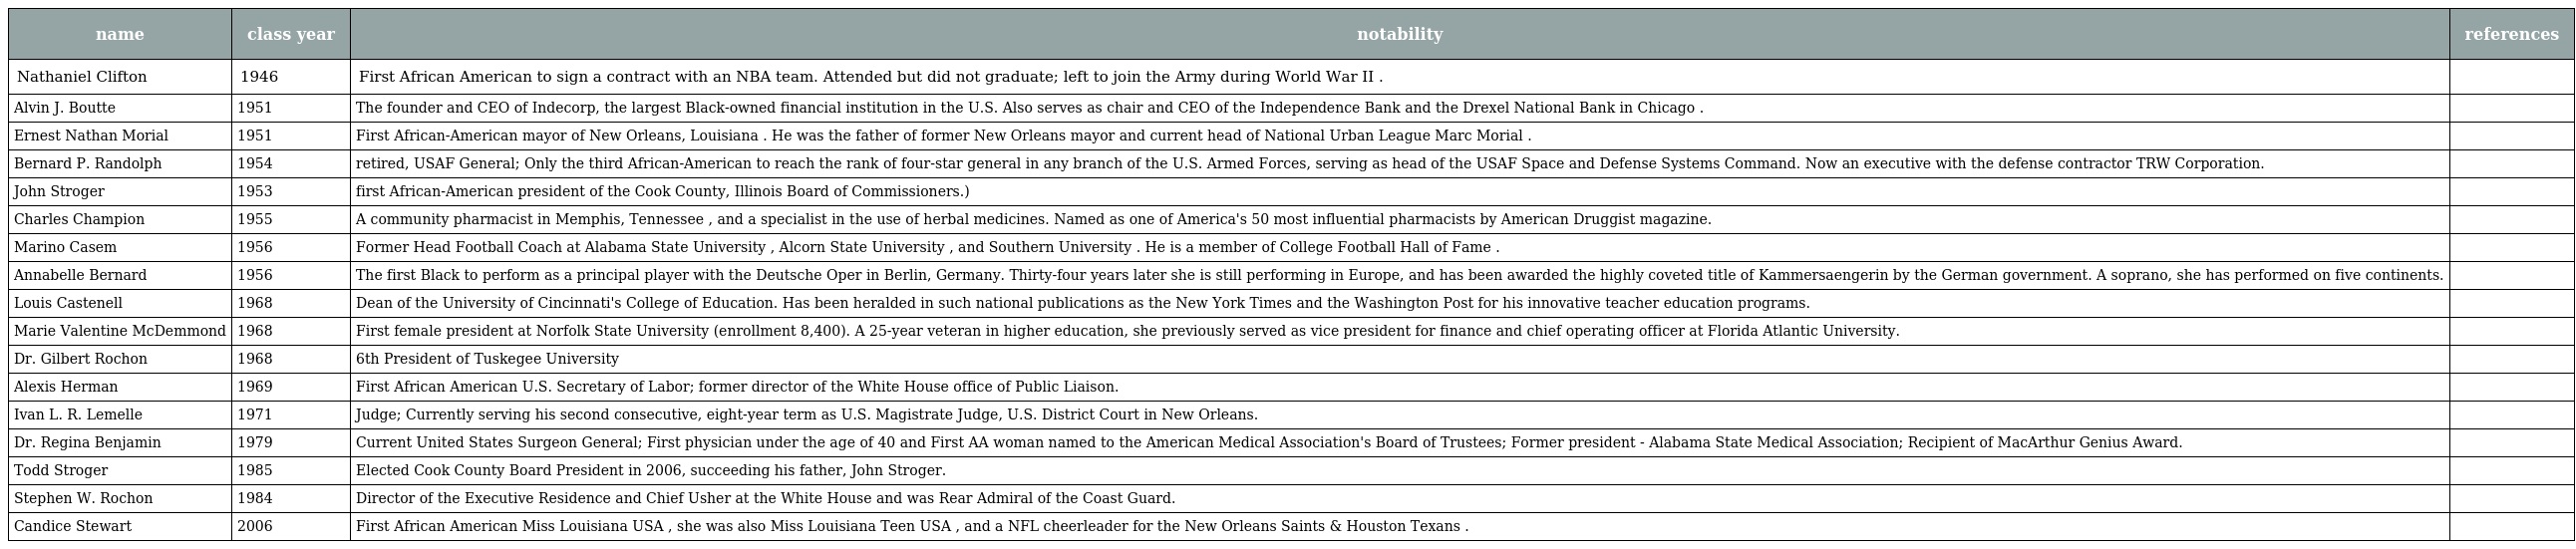
| name | class year | notability | references |
 | --- | --- | --- | --- |
 | Nathaniel Clifton | 1946 | First African American to sign a contract with an NBA team. Attended but did not graduate; left to join the Army during World War II . |  |
 | Alvin J. Boutte | 1951 | The founder and CEO of Indecorp, the largest Black-owned financial institution in the U.S. Also serves as chair and CEO of the Independence Bank and the Drexel National Bank in Chicago . |  |
 | Ernest Nathan Morial | 1951 | First African-American mayor of New Orleans, Louisiana . He was the father of former New Orleans mayor and current head of National Urban League Marc Morial . |  |
 | Bernard P. Randolph | 1954 | retired, USAF General; Only the third African-American to reach the rank of four-star general in any branch of the U.S. Armed Forces, serving as head of the USAF Space and Defense Systems Command. Now an executive with the defense contractor TRW Corporation. |  |
 | John Stroger | 1953 | first African-American president of the Cook County, Illinois Board of Commissioners.) |  |
 | Charles Champion | 1955 | A community pharmacist in Memphis, Tennessee , and a specialist in the use of herbal medicines. Named as one of America's 50 most influential pharmacists by American Druggist magazine. |  |
 | Marino Casem | 1956 | Former Head Football Coach at Alabama State University , Alcorn State University , and Southern University . He is a member of College Football Hall of Fame . |  |
 | Annabelle Bernard | 1956 | The first Black to perform as a principal player with the Deutsche Oper in Berlin, Germany. Thirty-four years later she is still performing in Europe, and has been awarded the highly coveted title of Kammersaengerin by the German government. A soprano, she has performed on five continents. |  |
 | Louis Castenell | 1968 | Dean of the University of Cincinnati's College of Education. Has been heralded in such national publications as the New York Times and the Washington Post for his innovative teacher education programs. |  |
 | Marie Valentine McDemmond | 1968 | First female president at Norfolk State University (enrollment 8,400). A 25-year veteran in higher education, she previously served as vice president for finance and chief operating officer at Florida Atlantic University. |  |
 | Dr. Gilbert Rochon | 1968 | 6th President of Tuskegee University |  |
 | Alexis Herman | 1969 | First African American U.S. Secretary of Labor; former director of the White House office of Public Liaison. |  |
 | Ivan L. R. Lemelle | 1971 | Judge; Currently serving his second consecutive, eight-year term as U.S. Magistrate Judge, U.S. District Court in New Orleans. |  |
 | Dr. Regina Benjamin | 1979 | Current United States Surgeon General; First physician under the age of 40 and First AA woman named to the American Medical Association's Board of Trustees; Former president - Alabama State Medical Association; Recipient of MacArthur Genius Award. |  |
 | Todd Stroger | 1985 | Elected Cook County Board President in 2006, succeeding his father, John Stroger. |  |
 | Stephen W. Rochon | 1984 | Director of the Executive Residence and Chief Usher at the White House and was Rear Admiral of the Coast Guard. |  |
 | Candice Stewart | 2006 | First African American Miss Louisiana USA , she was also Miss Louisiana Teen USA , and a NFL cheerleader for the New Orleans Saints & Houston Texans . |  |